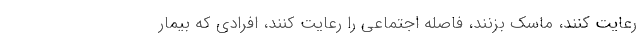
رعایت کنند، ماسک بزنند، فاصله اجتماعی را رعایت کنند، افرادی که بیمار